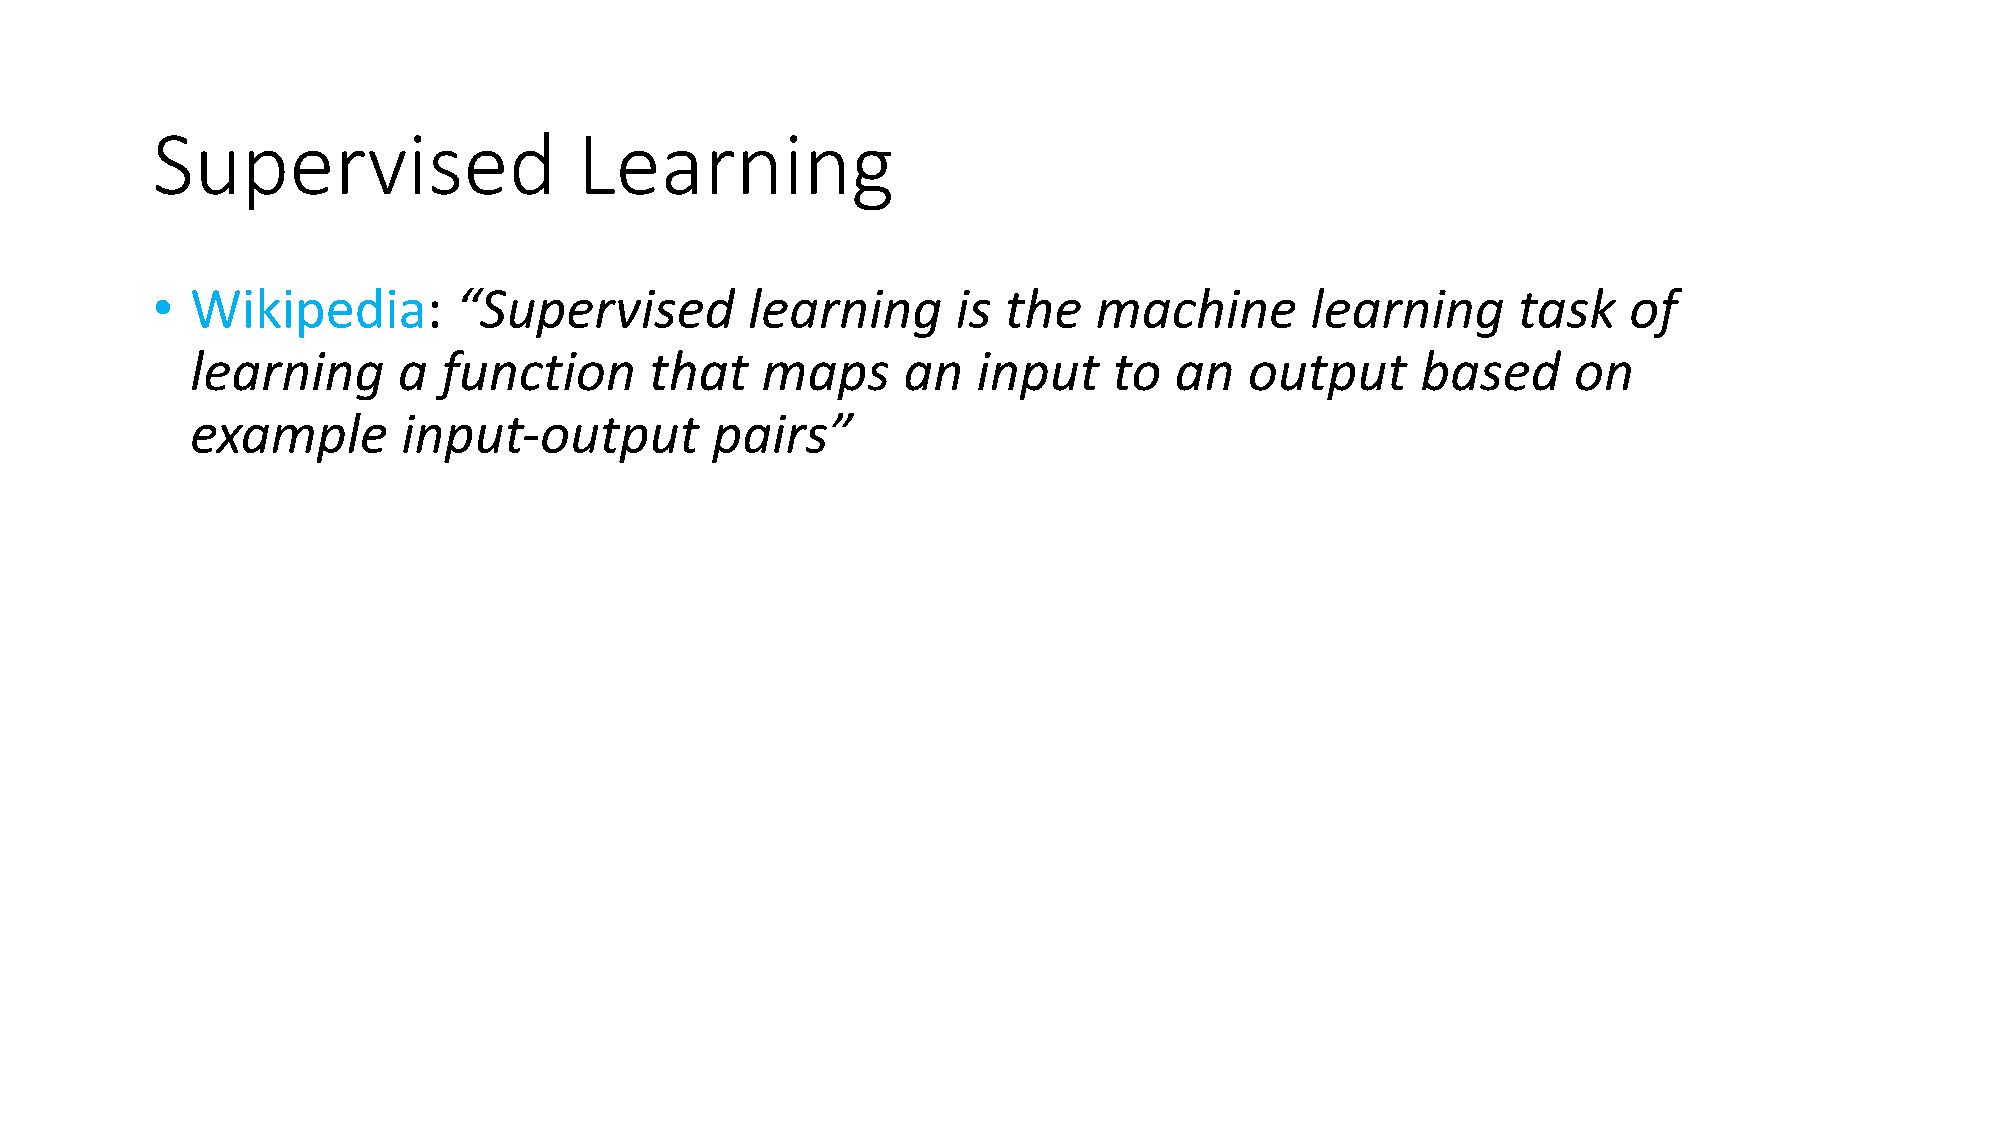
Supervised                  Learning
 •  Wikipedia:       “Supervised        learning      is the   machine        learning     task    of
 learning     a  function      that   maps      an   input    to  an   output     based     on
 example       input-output        pairs”